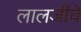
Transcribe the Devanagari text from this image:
लालजींचे